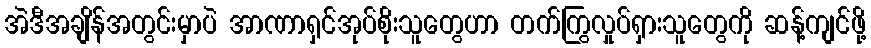
အဲဒီအချိန်အတွင်းမှာပဲ အာဏာရှင်အုပ်စိုးသူတွေဟာ တက်ကြွလှုပ်ရှားသူတွေကို ဆန့်ကျင်ဖို့